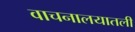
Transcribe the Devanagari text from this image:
वाचनालयातली